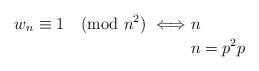
LaTeX: \begin{align*} w_n \equiv 1 \pmod{n^2} \iff& n \\ &n=p^2 p \end{align*}